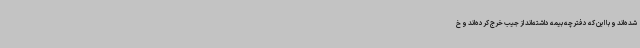
شده‌اند و با این که دفترچه بیمه داشته‌اند از جیب خرج کرده‌اند و خ